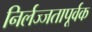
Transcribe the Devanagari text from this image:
निर्लज्जतापूर्वक